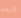
ألبسه